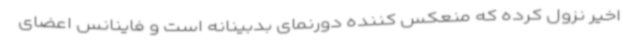
اخیر نزول کرده که منعکس کننده دورنمای بدبینانه است و فاینانس اعضای